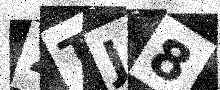
Text: 2TJ8